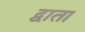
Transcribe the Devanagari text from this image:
द्वाता